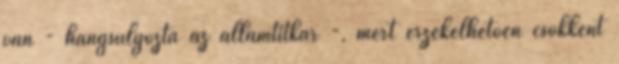
van - hangsúlyozta az államtitkár -, mert érzékelhetően csökkent